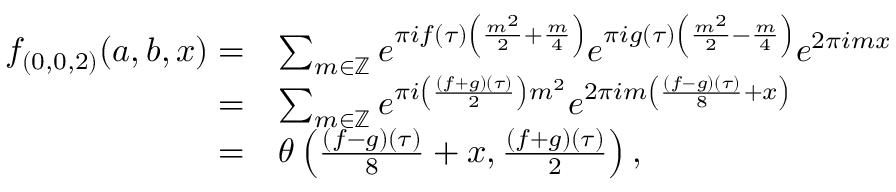
\begin{array} { r l } { f _ { ( 0 , 0 , 2 ) } ( a , b , x ) = } & { \sum _ { m \in \mathbb { Z } } e ^ { \pi i f ( \tau ) \left( \frac { m ^ { 2 } } { 2 } + \frac { m } { 4 } \right) } e ^ { \pi i g ( \tau ) \left( \frac { m ^ { 2 } } { 2 } - \frac { m } { 4 } \right) } e ^ { 2 \pi i m x } } \\ { = } & { \sum _ { m \in \mathbb { Z } } e ^ { \pi i \left( \frac { ( f + g ) ( \tau ) } { 2 } \right) m ^ { 2 } } e ^ { 2 \pi i m \left( \frac { ( f - g ) ( \tau ) } { 8 } + x \right) } } \\ { = } & { \theta \left( \frac { ( f - g ) ( \tau ) } { 8 } + x , \frac { ( f + g ) ( \tau ) } { 2 } \right) , } \end{array}